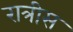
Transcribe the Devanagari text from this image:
रात्रीस